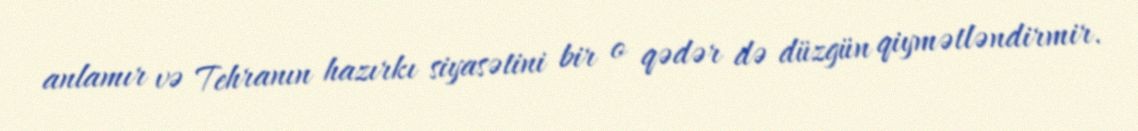
anlamır və Tehranın hazırkı siyasətini bir o qədər də düzgün qiymətləndirmir.